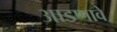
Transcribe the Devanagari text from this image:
आडणावे